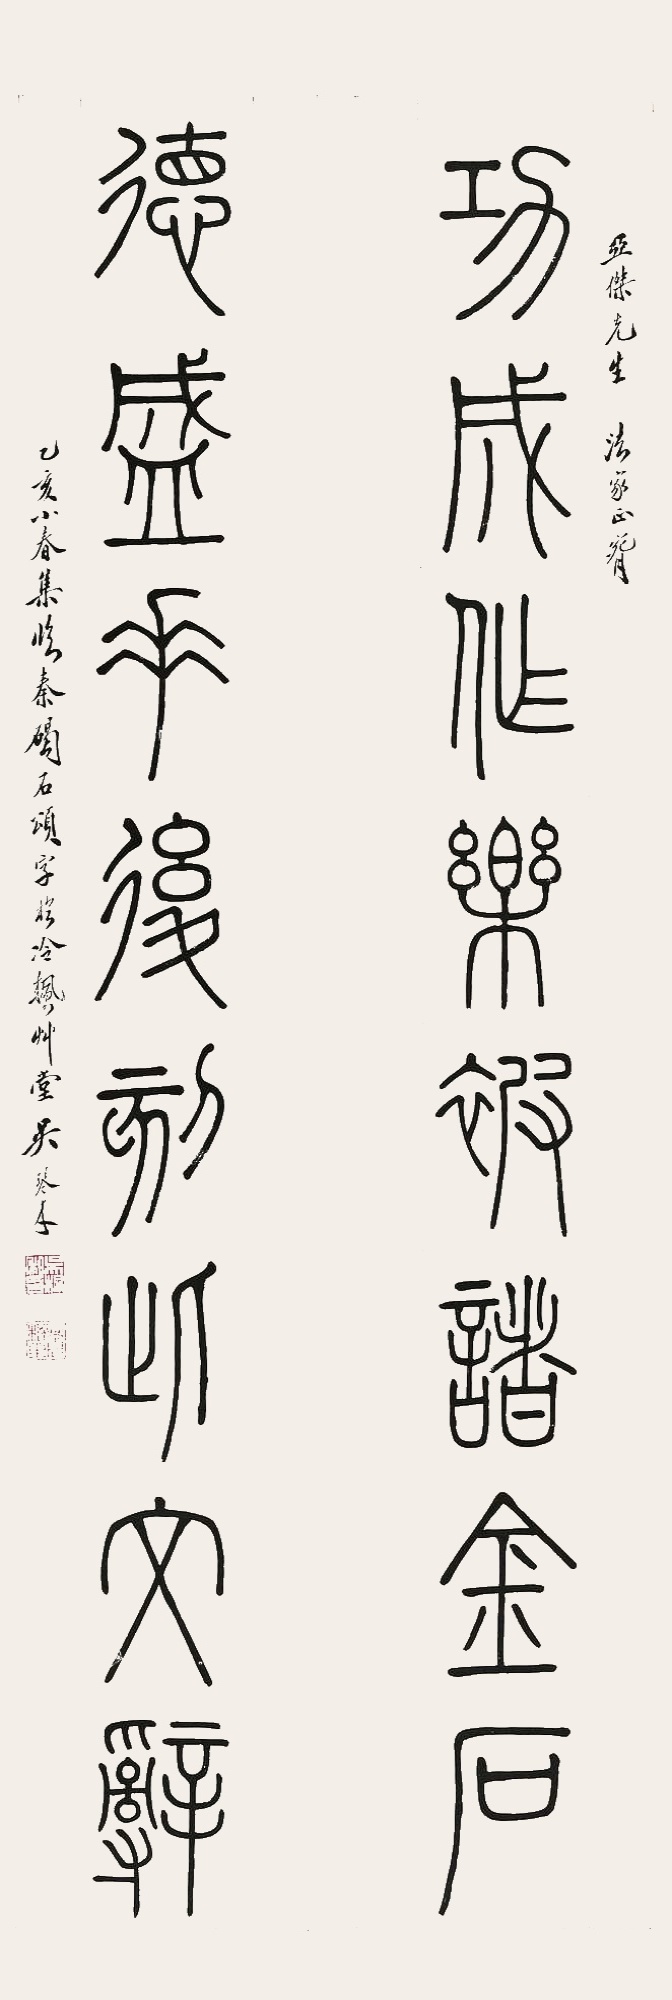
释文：功成作乐被诸金石，德盛垂后刻此文辞。亚杰先生法家正腕，乙亥小春，集临秦碣石颂字楹，冷枫草堂吴琴木。